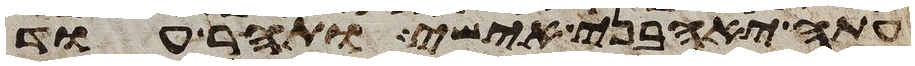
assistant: עתה יאהבני אישי ותהר עוד